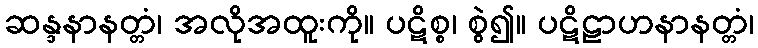
ဆန္ဒနာနတ္တံ၊ အလိုအထူးကို။ ပဋိစ္စ၊ စွဲ၍။ ပဋိဠာဟနာနတ္တံ၊